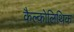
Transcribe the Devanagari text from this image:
कैल्कोलिथिक